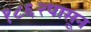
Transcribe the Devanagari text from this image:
१८६२पासून